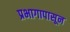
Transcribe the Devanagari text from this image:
प्रभागापासून